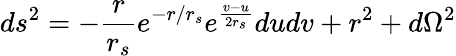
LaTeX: ds^{2}=-\frac{r}{r_{s}}e^{-r/r_{s}}e^{\frac{v-u}{2r_{s}}}dudv+r^{2}+d\Omega^{2}